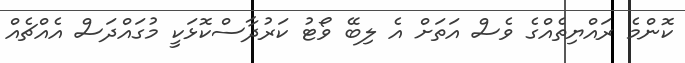
ކޮންމެ ރައްޔިތެއްގެ ވެސް އަތަށް އެ ލިބޭ ވޯޓު ކަރުދާސްކޮޅަކީ މުގައްދަސް އެއްޗެއް